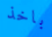
باخذ